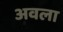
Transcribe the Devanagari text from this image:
अवला